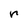
Character: r